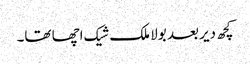
کچھ دیر بعد بولا ملک شیک اچھا تھا۔